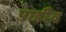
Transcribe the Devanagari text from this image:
पाडीव